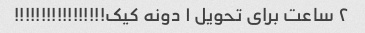
٢ ساعت برای تحویل ١ دونه کیک!!!!!!!!!!!!!!!!!